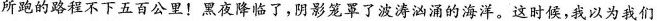
所跑的路程不下五百公里！黑夜降临了，阴影笼罩了波涛汹涌的海洋。这时候，我以为我们